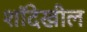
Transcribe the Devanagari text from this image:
शॉदेखील